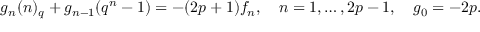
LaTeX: g _ { n } ( n ) _ { q } + g _ { n - 1 } ( q ^ { n } - 1 ) = - ( 2 p + 1 ) f _ { n } , \quad n = 1 , \ldots , 2 p - 1 , \quad g _ { 0 } = - 2 p .